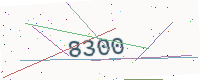
Text: 8300